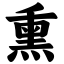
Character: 熏